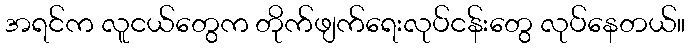
အရင်က လူငယ်တွေက တိုက်ဖျက်ရေးလုပ်ငန်းတွေ လုပ်နေတယ်။